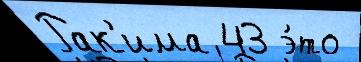
Рак'има 43 э́то